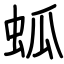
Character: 蛌